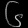
Digit: ၆